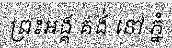
ព្រះអង្គ គង់ នៅ ភ្នំ